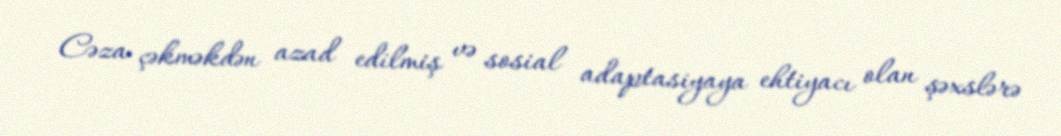
Cəza çəkməkdən azad edilmiş və sosial adaptasiyaya ehtiyacı olan şəxslərə